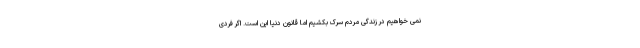
نمی خواهیم در زندگی مردم سرک بکشیم اما قانون دنیا این است. اگر فردی